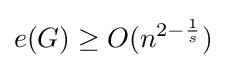
e(G)\geq O(n^{2-{\frac {1}{s}}})